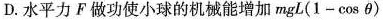
D.水平力F做功使小球的机械能增加$$m g L ( 1 - \cosθ )$$